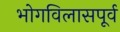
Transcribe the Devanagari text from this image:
भोगविलासपूर्व